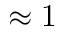
\approx 1